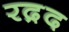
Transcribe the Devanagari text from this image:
रद़द